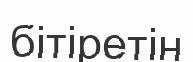
бітіретін